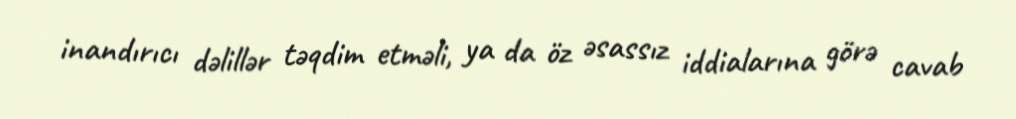
inandırıcı dəlillər təqdim etməli, ya da öz əsassız iddialarına görə cavab